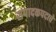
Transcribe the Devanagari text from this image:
संपादकपदाचे